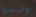
وليسوا